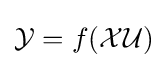
{\mathcal {Y}}=f({\mathcal {X}}{\mathcal {U}})